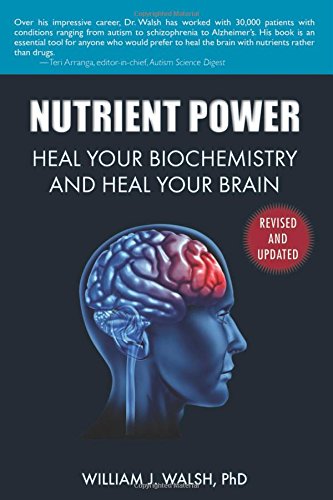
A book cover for Nutrient Power: Heal Your Biochemistry and Heal Your Brain; William J. Walsh; Health, Fitness & Dieting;